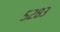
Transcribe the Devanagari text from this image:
५२८३